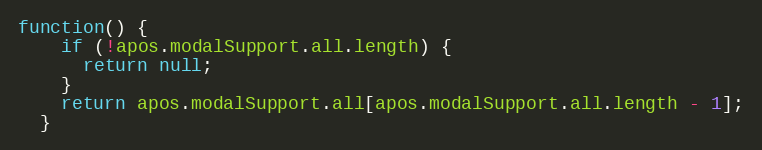
Language: JavaScript
function() {
    if (!apos.modalSupport.all.length) {
      return null;
    }
    return apos.modalSupport.all[apos.modalSupport.all.length - 1];
  }